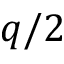
q / 2